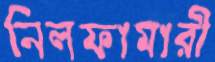
নিলফামারী